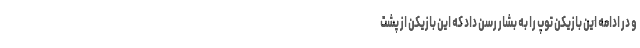
و در ادامه این بازیکن توپ را به بشار رسن داد که این بازیکن از پشت